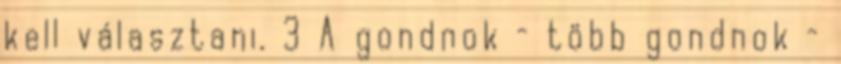
kell választani. 3 A gondnok – több gondnok –